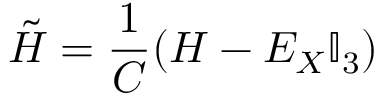
\tilde { H } = \frac { 1 } { C } ( H - E _ { X } \mathbb { I } _ { 3 } )